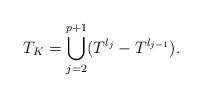
LaTeX: \begin{align*}T_{K}=\bigcup_{j=2}^{p+1}(T^{l_j}-T^{l_{j-1}}).\end{align*}